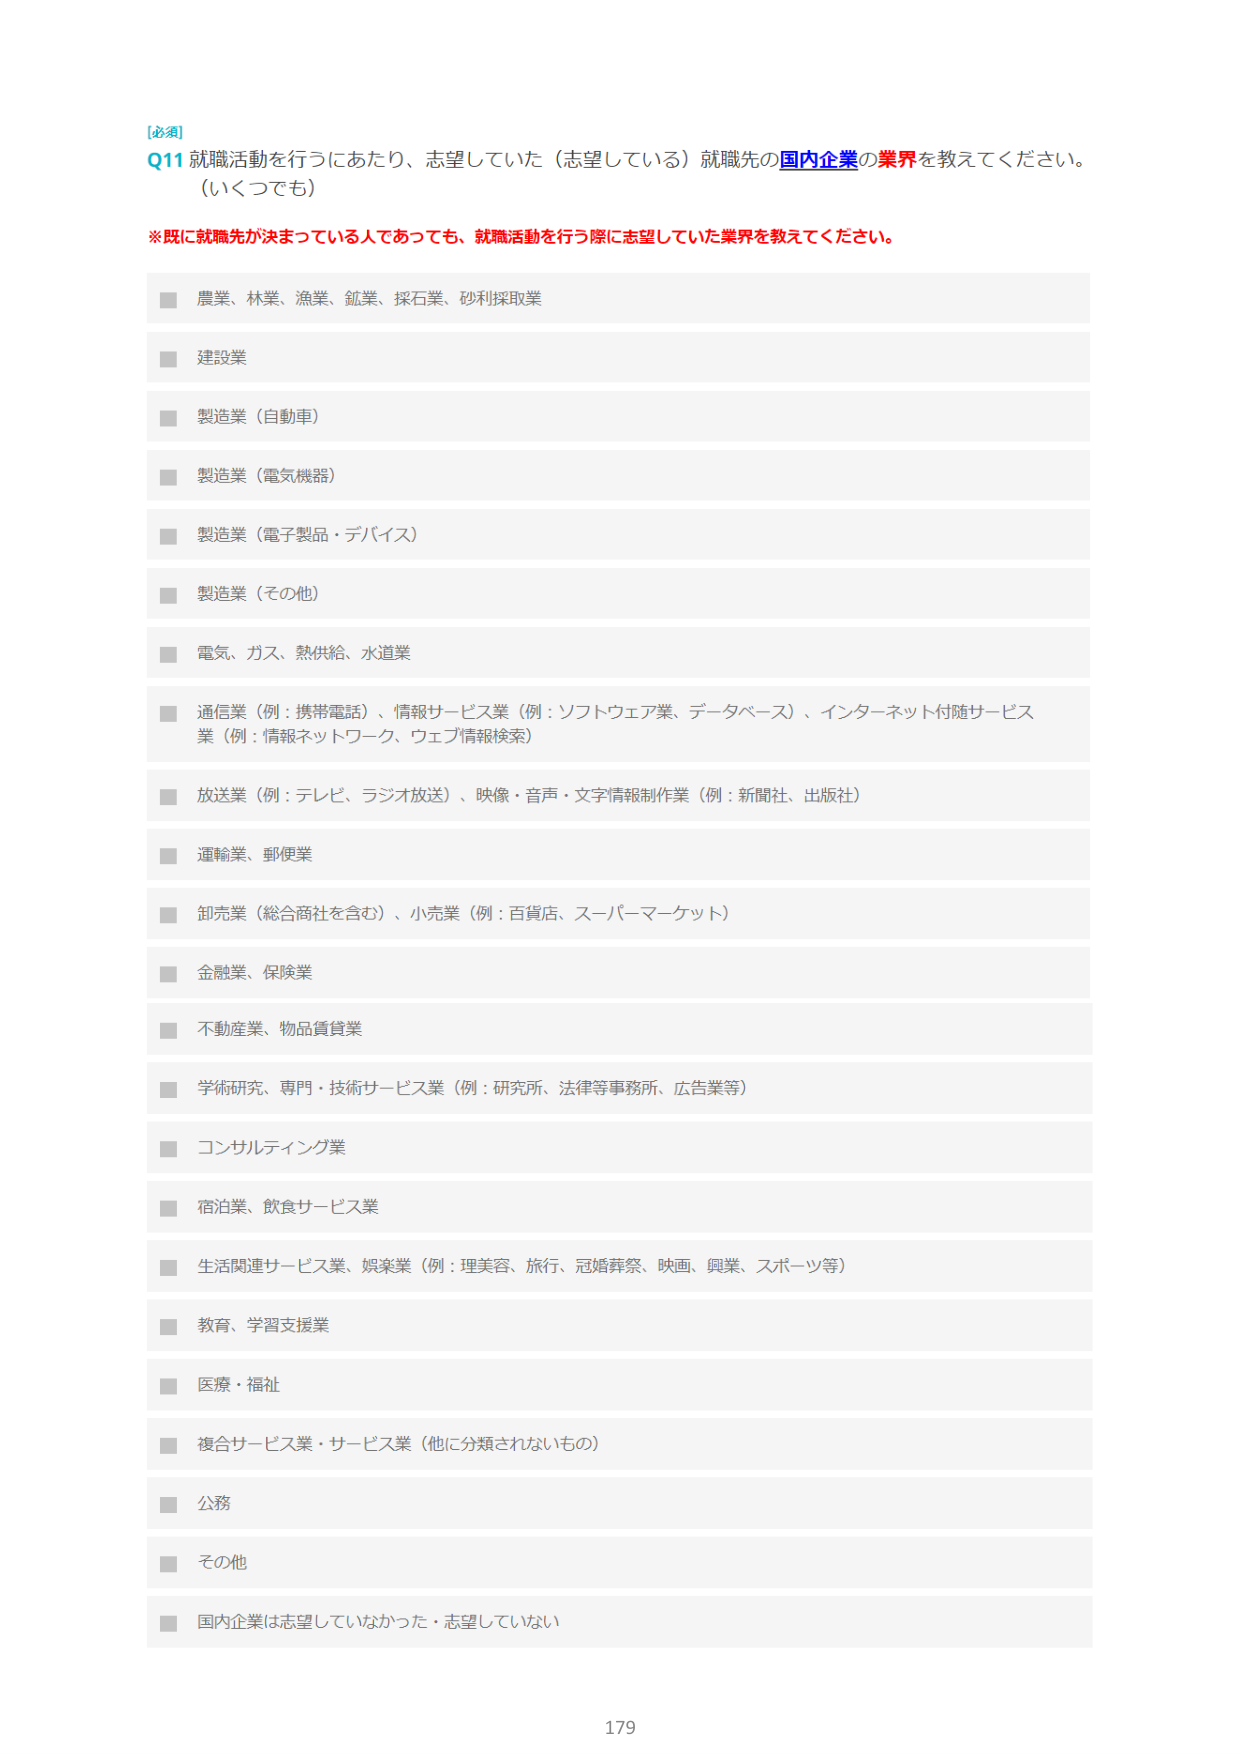
[必須]
Q11 就職活動を行うにあたり、志望していた（志望している）就職先の国内企業の業界を教えてください。
（いくつでも）

※既に就職先が決まっている人であっても、就職活動を行う際に志望していた業界を教えてください。

■ 農業、林業、漁業、鉱業、採石業、砂利採取業
■ 建設業
■ 製造業（自動車）
■ 製造業（電気機器）
■ 製造業（電子製品・デバイス）
■ 製造業（その他）
■ 電気、ガス、熱供給、水道業
■ 通信業（例：携帯電話）、情報サービス業（例：ソフトウェア業、データベース）、インターネット付随サービス業（例：情報ネットワーク、ウェブ情報検索）
■ 放送業（例：テレビ、ラジオ放送）、映像・音声・文字情報制作業（例：新聞社、出版社）
■ 運輸業、郵便業
■ 卸売業（総合商社を含む）、小売業（例：百貨店、スーパーマーケット）
■ 金融業、保険業
■ 不動産業、物品賃貸業
■ 学術研究、専門・技術サービス業（例：研究所、法律等事務所、広告業等）
■ コンサルティング業
■ 宿泊業、飲食サービス業
■ 生活関連サービス業、娯楽業（例：理美容、旅行、冠婚葬祭、映画、興業、スポーツ等）
■ 教育、学習支援業
■ 医療・福祉
■ 複合サービス業・サービス業（他に分類されないもの）
■ 公務
■ その他
■ 国内企業は志望していなかった・志望していない

179